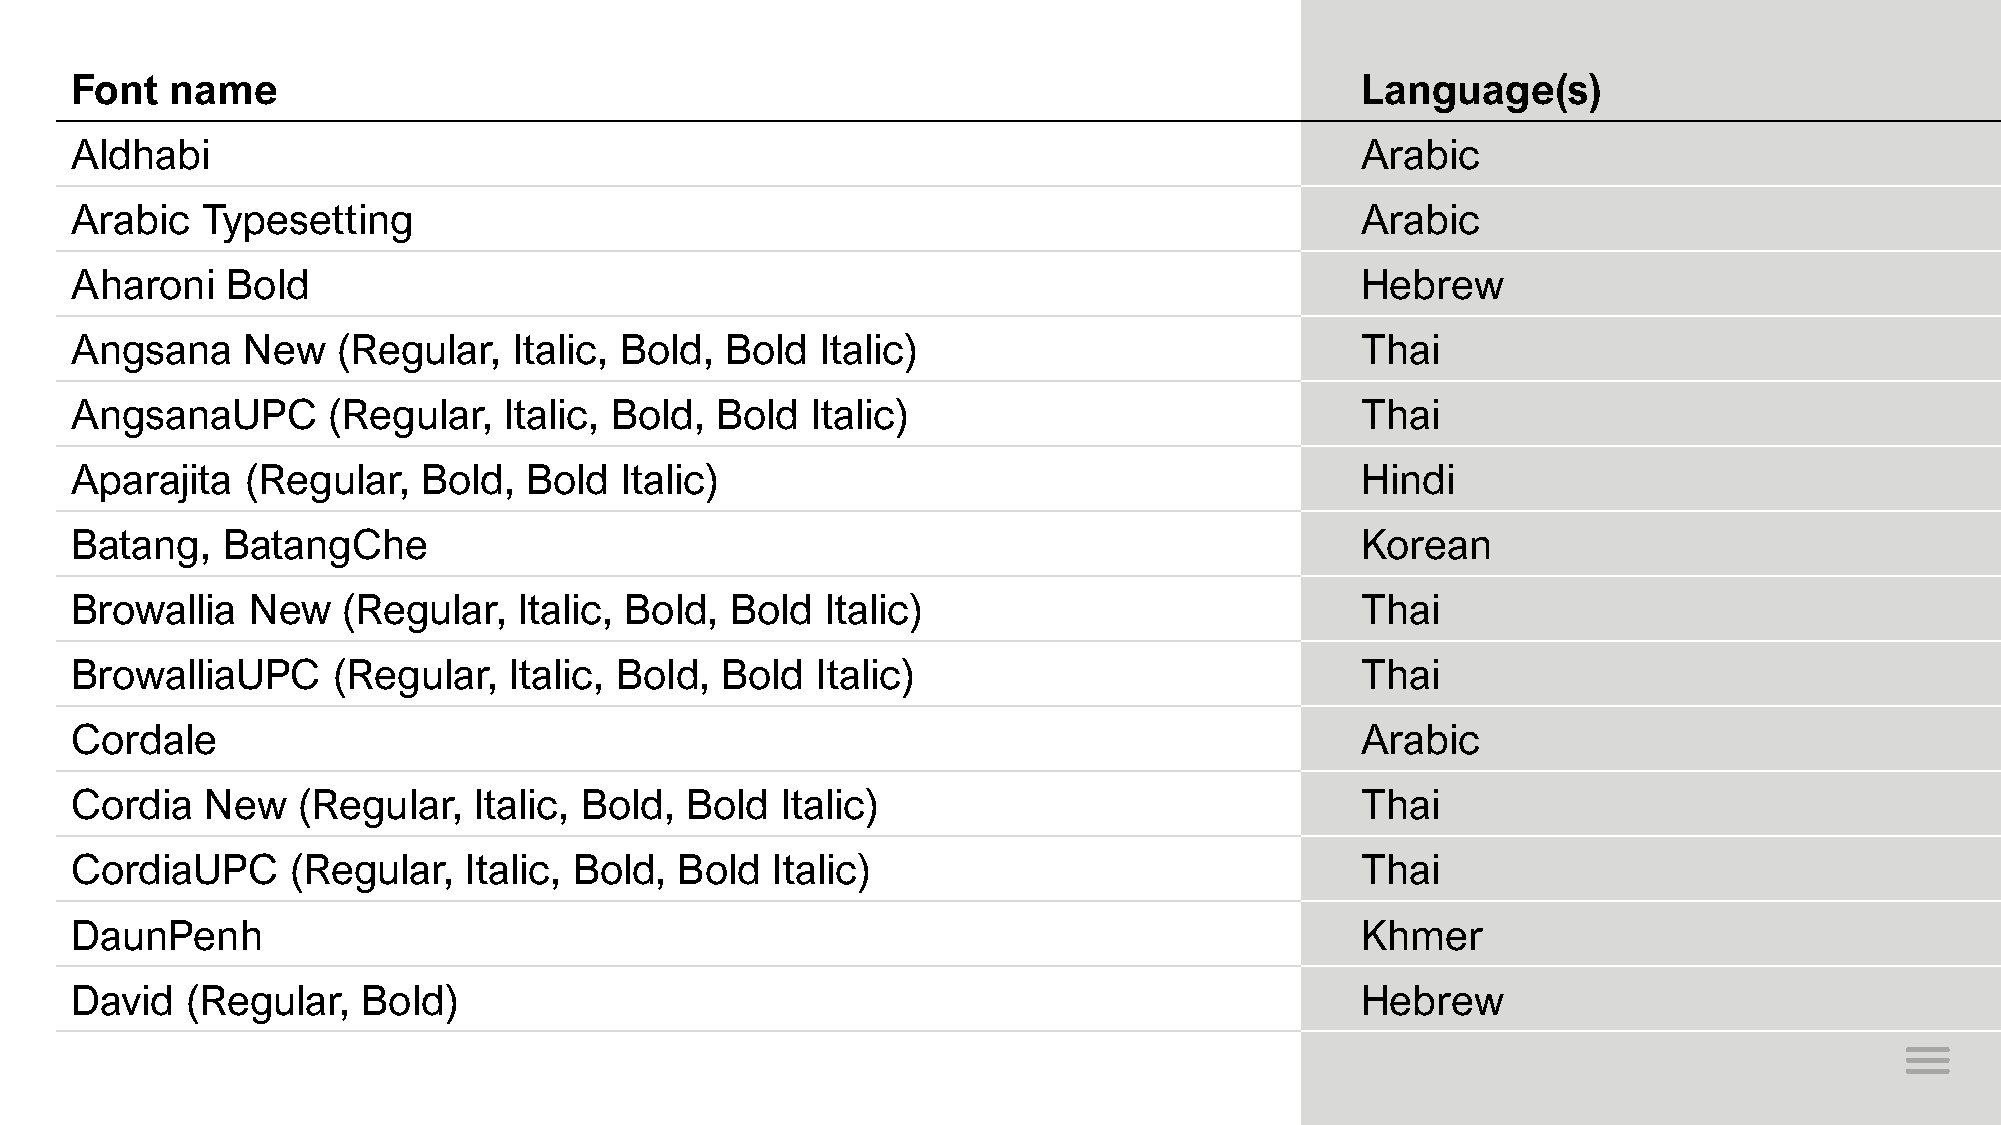
Font  name                                                                           Language(s)
 Aldhabi                                                                              Arabic
 Arabic  Typesetting                                                                  Arabic
 Aharoni   Bold                                                                       Hebrew
 Angsana    New   (Regular,   Italic, Bold, Bold  Italic)                             Thai
 AngsanaUPC       (Regular,  Italic, Bold, Bold   Italic)                             Thai
 Aparajita  (Regular,   Bold,  Bold  Italic)                                          Hindi
 Batang,   BatangChe                                                                  Korean
 Browallia  New    (Regular,  Italic, Bold, Bold   Italic)                            Thai
 BrowalliaUPC     (Regular,   Italic, Bold, Bold  Italic)                             Thai
 Cordale                                                                              Arabic
 Cordia   New   (Regular,  Italic, Bold, Bold   Italic)                               Thai
 CordiaUPC     (Regular,   Italic, Bold, Bold  Italic)                                Thai
 DaunPenh                                                                             Khmer
 David  (Regular,   Bold)                                                             Hebrew